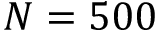
N = 5 0 0